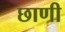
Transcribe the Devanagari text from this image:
छाणी